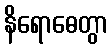
နိရောဓေတွာ